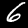
Label: 6